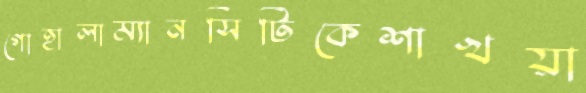
গোহালাম্যানসিটিকেশাখয়া